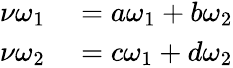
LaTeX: \begin{array}{rl}{\nu\omega_{1}}&{{}=a\omega_{1}+b\omega_{2}}\\ {\nu\omega_{2}}&{{}=c\omega_{1}+d\omega_{2}}\end{array}